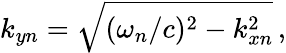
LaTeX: k_{yn}=\sqrt{(\omega_{n}/c)^{2}-k_{xn}^{2}}\, ,